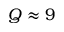
Q \approx 9